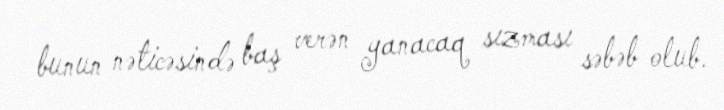
bunun nəticəsində baş verən yanacaq sızması səbəb olub.